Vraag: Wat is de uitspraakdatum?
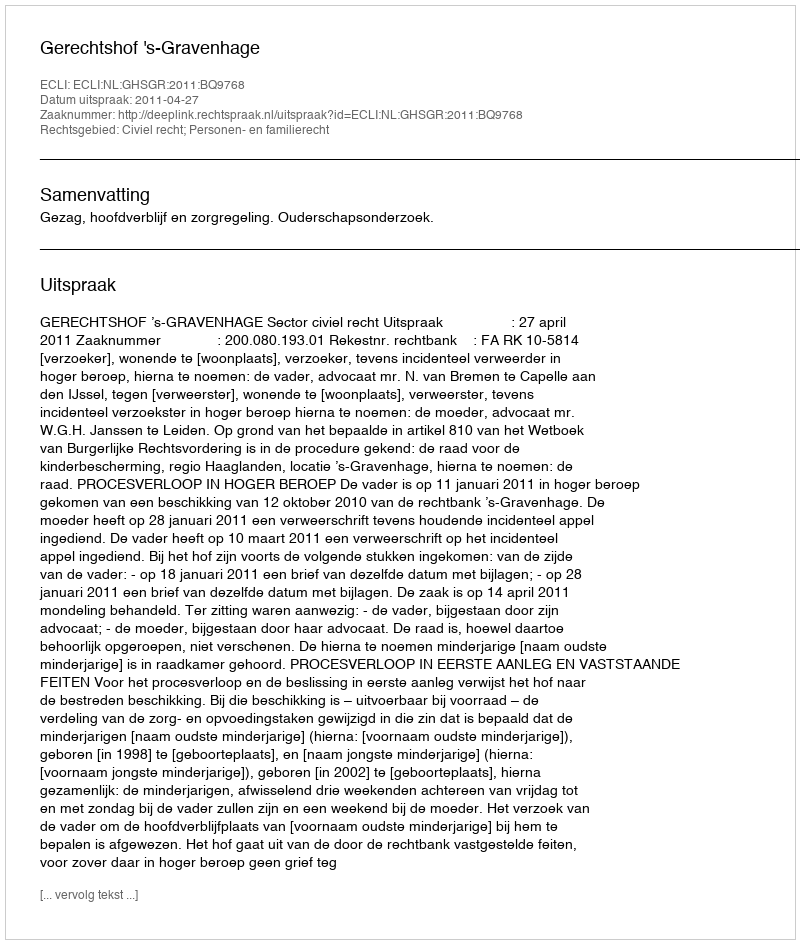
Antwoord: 2011-04-27